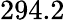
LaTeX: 294.2